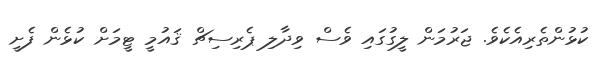
ކުޅުންތެރިއެކެވެ. ޖަރުމަން ލީގުގައި ވެސް ވިދާލި ޕެރިސިޗް ޤައުމީ ޓީމަށް ކުޅެން ފެށީ